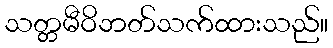
သတ္တမီဝိဘတ်သက်ထားသည်။